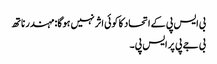
بی ایس پی کے اتحاد کا کوئی اثر نہیں ہوگا: مہندر ناتھ
بی جے پی پر ایس پی۔